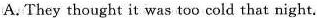
A. They thought it was too cold that night.